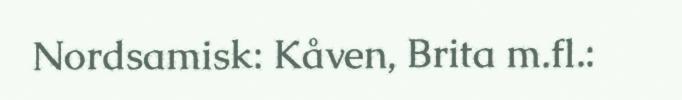
Nordsamisk: Kåven, Brita m.fl.: